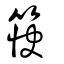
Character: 筷